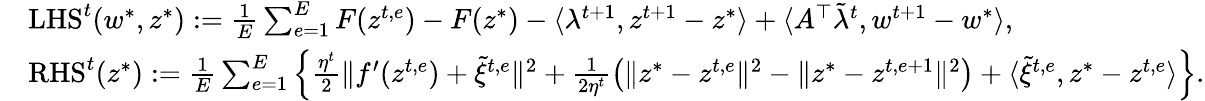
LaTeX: \begin{array}{rl}&{\mathrm{LHS}^{t}(w^{*},z^{*}):=\frac{1}{E}\sum_{e=1}^{E}F(z^{t,e})-F(z^{*})-\langle\lambda^{t+1},z^{t+1}-z^{*}\rangle+\langle A^{\top}\tilde{\lambda}^{t},w^{t+1}-w^{*}\rangle,}\\ &{\mathrm{RHS}^{t}(z^{*}):=\frac{1}{E}\sum_{e=1}^{E}\Big\{ \frac{\eta^{t}}{2}\| f^{\prime}(z^{t,e})+\tilde{\xi}^{t,e}\| ^{2}+\frac{1}{2\eta^{t}}\big(\| z^{*}-z^{t,e}\| ^{2}-\| z^{*}-z^{t,e+1}\| ^{2}\big)+\langle\tilde{\xi}^{t,e},z^{*}-z^{t,e}\rangle\Big\} .}\end{array}